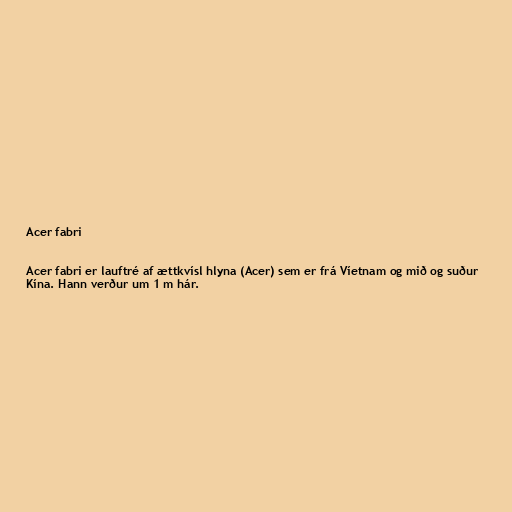
Acer fabri

Acer fabri er lauftré af ættkvísl hlyna (Acer) sem er frá Víetnam og mið og suður
Kína. Hann verður um 1 m hár.